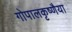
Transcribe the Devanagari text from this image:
गोपालकृष्णैया